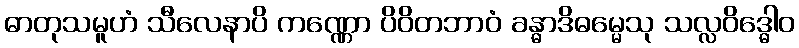
ဓာတုသမူဟံ သီလေနာပိ ကဏ္ဏော ပိဝိတဘာဝံ ခန္ဓာဒိဓမ္မေသု သလ္လဝိဒ္ဓေါဝ